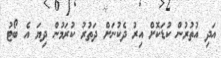
އަދި އުތުރުން ކުޑަކޮށް އިރު ދެކުނަށް ދަތުރު ކުރަމުން ދިޔަ އެ ބޯޓު